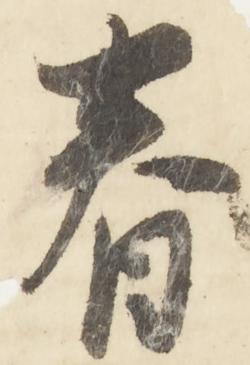
春